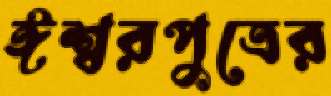
ঈশ্বরপুত্রের